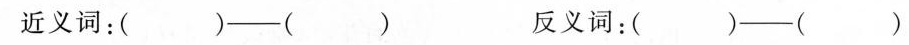
近义词：()——() 反义词：()——()